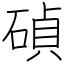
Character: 碵